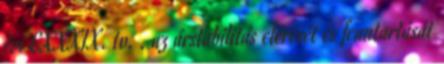
évi CXXXIX. tv. . az árstabilitás elérését és fenntartását